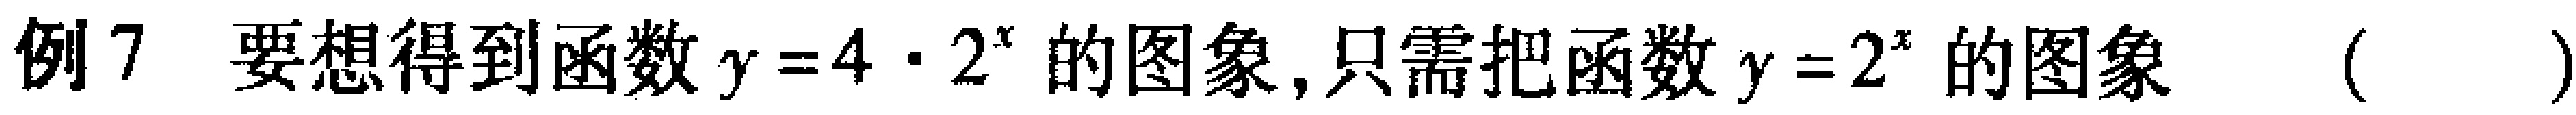
例7 要想得到函数$y = 4\cdot2^{x}$的图象, 只需把函数$y = 2^{x}$的图象（  ）